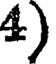
4)